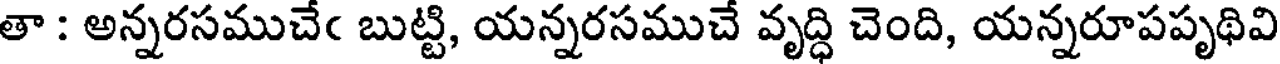
తా : అన్నరసముచేఁ బుట్టి, యన్నరసముచే వృద్ధి చెంది, యన్నరూపపృథివి